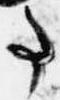
事